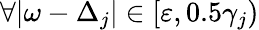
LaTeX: \forall|\omega-\Delta_{j}|\in[\varepsilon,0.5\gamma_{j})